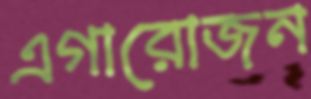
এগারোজন